Report of an investigation into the causes of malaria in Bombay and the measures necessary for its control
Disease focus: Malaria
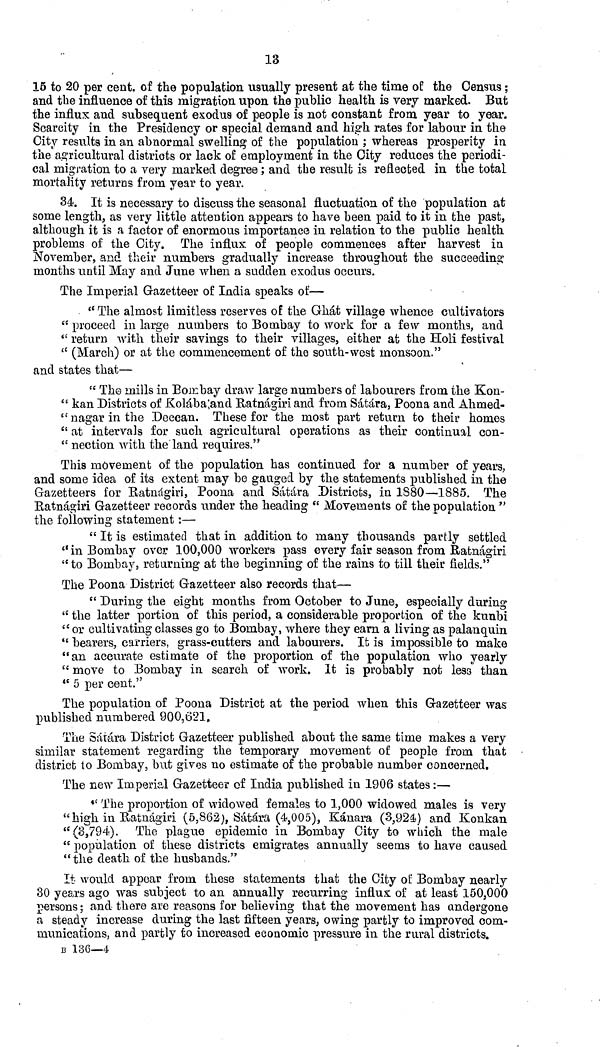
13
15 to 20 per cent. of the population usually present at the time of the Census ;
and the influence of this migration upon the public health is very marked. But
the influx and subsequent exodus of people is not constant from year to year.
Scarcity in the Presidency or special demand and high rates for labour in the
City results in an abnormal swelling of the population ; whereas prosperity in
the agricultural districts or lack of employment in the City reduces the periodi-
cal migration to a very marked degree ; and the result is reflected in the total
mortality returns from year to year.
34. It is necessary to discuss the seasonal fluctuation of the population at
some length, as very little attention appears to have been paid to it in the past,
although it is a factor of enormous importance in relation to the public health
problems of the City. The influx of people commences after harvest in
November, and their numbers gradually increase throughout the succeeding
months until May and June when a sudden exodus occurs.
The Imperial Gazetteer of India speaks of—
" The almost limitless reserves of the Ghát village whence cultivators
" proceed in large numbers to Bombay to work for a few months, and
" return with their savings to their villages, either at the Holi festival
" (March) or at the commencement of the south-west monsoon."
and states that—
" The mills in Bombay draw large numbers of labourers from the Kon-
" kan Districts of Kolába;and Ratnágiri and from Sátára, Poona and Ahmed-
"nagar in the Deccan. These for the most part return to their homes
" at intervals for such agricultural operations as their continual con-
" nection with the land requires."
This movement of the population has continued for a number of years,
and some idea of its extent may be gauged by the statements published in the
Gazetteers for Ratnágiri, Poona and Sátára Districts, in 1880—1885. The
Ratnágiri Gazetteer records under the heading " Movements of the population "
the following statement :—
" It is estimated that in addition to many thousands partly settled
"in Bombay over 100,000 workers pass every fair season from Ratnágiri
"to Bombay, returning at the beginning of the rains to till their fields."
The Poona District Gazetteer also records that—
" During the eight months from October to June, especially during
" the latter portion of this period, a considerable proportion of the kunbi
" or cultivating classes go to Bombay, where they earn a living as palanquin
" bearers, carriers, grass-cutters and labourers. It is impossible to make
"an accurate estimate of the proportion of the population who yearly
" move to Bombay in search of work. It is probably not less than
" 5 per cent."
The population of Poona District at the period when this Gazetteer was
published numbered 900,621.
The Sátára District Gazetteer published about the same time makes a very
similar statement regarding the temporary movement of people from that
district to Bombay, but gives no estimate of the probable number concerned.
The new Imperial Gazetteer of India published in 1906 states :—
" The proportion of widowed females to 1,000 widowed males is very
"high in Ratnágiri (5,862), Sátára (4,005), Kánara (3,924) and Konkan
"(3,794). The plague epidemic in Bombay City to which the male
" population of these districts emigrates annually seems to have caused
"the death of the husbands."
It would appear from these statements that the City of Bombay nearly
30 years ago was subject to an annually recurring influx of at least 150,000
persons ; and there are reasons for believing that the movement has undergone
a steady increase during the last fifteen years, owing partly to improved com-
munications, and partly to increased economic pressure in the rural districts.
B 136—4